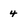
Character: 4